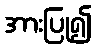
အားပြု၍